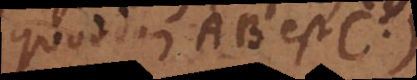
quoddam AB est C).